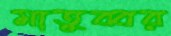
মাতুব্বর